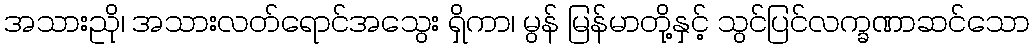
အသားညို၊ အသားလတ်ရောင်အသွေး ရှိကာ၊ မွန် မြန်မာတို့နှင့် သွင်ပြင်လက္ခဏာဆင်သော